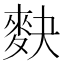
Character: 𪌊